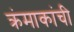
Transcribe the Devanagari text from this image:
क्रंमाकांची